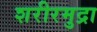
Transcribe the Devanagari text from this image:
शरीरमुद्रा